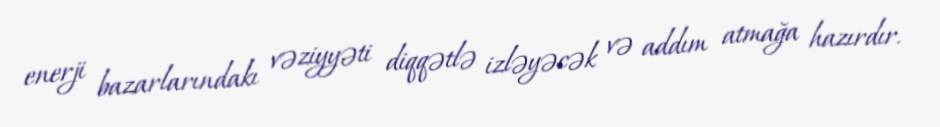
enerji bazarlarındakı vəziyyəti diqqətlə izləyəcək və addım atmağa hazırdır.